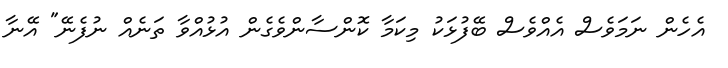
އެހެން ނަމަވެސް އެއްވެސް ބޭފުޅަކު މިކަމާ ކޮންސާންވެގެން އުޅުއްވާ ތަނެއް ނުފެނޭ" އޭނާ